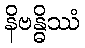
နိဗန္ဓိဿံ